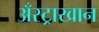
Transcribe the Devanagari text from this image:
अँस्ट्राखान